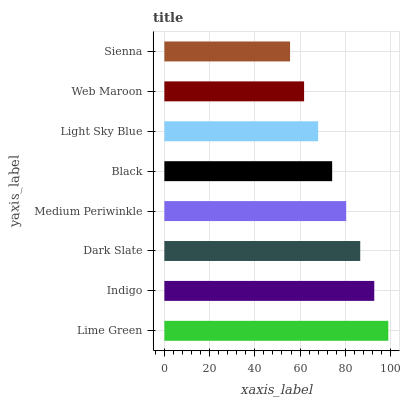
| yaxis_label | bars |
 | --- | --- |
 | Lime Green | 99 |
 | Indigo | 92.8 |
 | Dark Slate | 86.6 |
 | Medium Periwinkle | 80.4 |
 | Black | 74.2 |
 | Light Sky Blue | 68 |
 | Web Maroon | 61.8 |
 | Sienna | 55.6 |